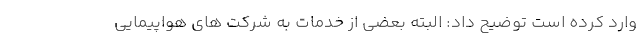
وارد کرده است توضیح داد: ‌البته بعضی از خدمات به شرکت های هواپیمایی